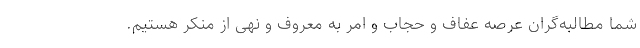
شما مطالبه‌گران عرصه عفاف و حجاب و امر به معروف و نهی از منکر هستیم.